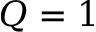
Q = 1